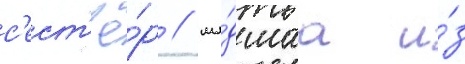
с'ест'ё́р / мла́дшаа и́з